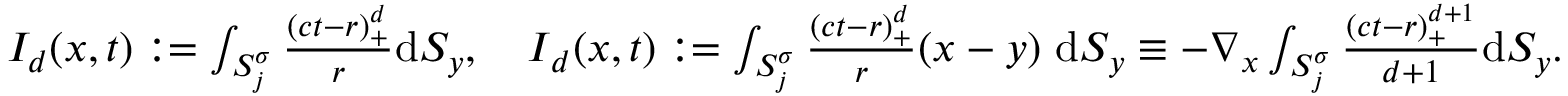
\begin{array} { r } { I _ { d } ( \boldsymbol { x } , t ) : = \int _ { S _ { j } ^ { \sigma } } \frac { ( c t - r ) _ { + } ^ { d } } { r } \mathrm { d } S _ { y } , \quad \boldsymbol { I } _ { d } ( \boldsymbol { x } , t ) : = \int _ { S _ { j } ^ { \sigma } } \frac { ( c t - r ) _ { + } ^ { d } } { r } ( \boldsymbol { x } - \boldsymbol { y } ) \ \mathrm { d } S _ { y } \equiv - \nabla _ { x } \int _ { S _ { j } ^ { \sigma } } \frac { ( c t - r ) _ { + } ^ { d + 1 } } { d + 1 } \mathrm { d } S _ { y } . } \end{array}